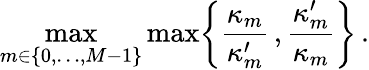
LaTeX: \operatorname*{max}_{m\in\{ 0,\ldots,M-1\} }\operatorname*{max}\biggl\{ \frac{\kappa_{m}}{\kappa_{m}^{\prime}}\, ,\frac{\kappa_{m}^{\prime}}{\kappa_{m}}\biggr\} \, .